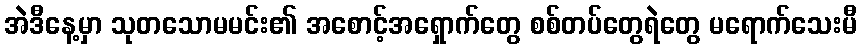
အဲဒီနေ့မှာ သုတသောမမင်း၏ အစောင့်အရှောက်တွေ စစ်တပ်တွေရဲတွေ မရောက်သေးမီ